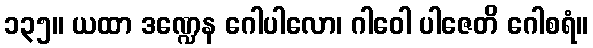
၁၃၅။ ယထာ ဒဏ္ဍေန ဂေါပါလော၊ ဂါဝေါ ပါဇေတိ ဂေါစရံ။